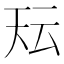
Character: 𭑇